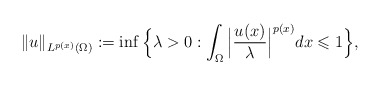
\begin{align*} \|u\|_{L^{p(x)}(\Omega)}:=\inf \Big\{\lambda>0: \int_{\Omega} \Big|\frac{u(x)}{\lambda}\Big|^{p(x)}dx \leqslant 1 \Big\},\end{align*}